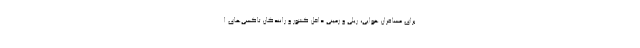
برای مسافران هوایی، ریلی و زمینی داخل کشور و رانندگان تاکسی‌های ا